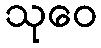
သုဝေ